Report of the King Institute of Preventive Medicine, Guindy
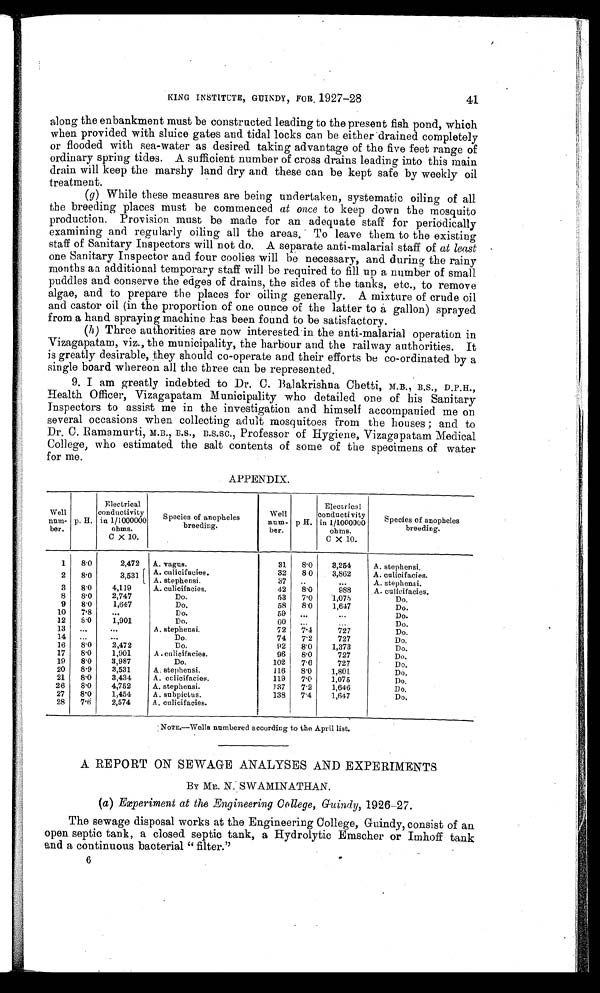
KING INSTITUTE, GUINDY, FOR 1927-28
along the enbankment must be constructed leading to the present fish pond, which
when provided with sluice gates and tidal locks can be either drained completely
or flooded with sea-water as desired taking advantage of the five feet range of
ordinary spring tides. A sufficient number of cross drains leading into this main
drain will keep the marshy land dry and these can be kept safe by weekly oil
treatment.
(g) While these measures are being undertaken, systematic oiling of all
the breeding places must be commenced at once to keep down the mosquito
production. Provision must be made for an adequate staff for periodically
examining and regularly oiling all the areas. To leave them to the existing
staff of Sanitary Inspectors will not do. A separate anti-malarial staff of at least
one Sanitary Inspector and four coolies will be necessary, and during the rainy
months an additional temporary staff will be required to fill up a number of small
puddles and conserve the edges of drains, the sides of the tanks, etc., to remove
algae, and to prepare the places for oiling generally. A mixture of crude oil
and castor oil (in the proportion of one ounce of the latter to a gallon) sprayed
from a hand spraying machine has been found to be satisfactory.
(h) Three authorities are now interested in the anti-malarial operation in
Vizagapatam, viz., the municipality, the harbour and the railway authorities. It
is greatly desirable, they should co-operate and their efforts be co-ordinated by a
single board whereon all the three can be represented.
9. I am greatly indebted to Dr. C. Balakrishna Chetti, M.B., B.S., D.P.H.,
Health Officer, Vizagapatam Municipality who detailed one of his Sanitary
Inspectors to assist me in the investigation and himself accompanied me on
several occasions when collecting adult mosquitoes from the houses ; and to
Dr. C. Ramamurt i , M. B. , B. S. , B. S. SC. , Professor of Hygi ene, Vi zagapat am Medi cal
College, who estimated the salt contents of some of the specimens of water
for me.
APPENDIX.
Well
num-
ber.
p. H.
Electrical
conductivity
in 1/1000000
ohms.
C X 10.
Species of anopheles breeding.
Well
num-
ber.
p H.
Electrica1
conductivity
in 1/1000000
ohms.
C X 10.
S p e c i e s o f a n o p h e l e s
b r e e d i n g .
1
8.0
2,472
A. vagus.
31
8.0
3,254
A. stephensi.
2
8 . 0
3,531
A. culicifacies.
32
8 0
3,862
A. culicifacies.
A. stephensi.
3 7
. . .
. . .
A. stephensi.
3
8.0
4,119
A. culicifacies.
42
8.0
988
A. culicifacies.
8
8.0
2,747
Do.
53
7.0
1 , 0 7 5
Do.
9
8.0
1,647
Do.
58
8.0
1,647
Do.
10
7.8
. . .
Do.
59
. . .
. . .
Do.
12
8.0
1,901
Do.
60
. . .
. . .
Do.
13
. . .
. . .
A. stephensi.
72
7.4
727
Do.
14
. . .
. . .
Do.
74
7.2
727
D o .
16
8.0
2,472
Do.
92
8.0
1,373
Do.
17
8.0
1,901
A .culicifacies.
96
8.0
727
Do.
19
8.0
3,987
Do.
102
7.6
727
Do.
20
8.9
3,531
A. stephensi.
116
8.0
1,801
Do.
21
8.0
3,434
A. culicifacies.
119
7.0
1,075
Do.
26
8.0
4,752
A. stephensi.
137
7.2
1,646
Do.
27
8.0
1,454
A. subpictus.
138
7.4
1,647
Do.
28
7.6
2,574
A. culicifacies.
NOTE.—Wells numbered according to the April list.
A REPORT ON SEWAGE ANALYSES AND EXPERIMENTS
BY ME,. N. SWAMINATHAN.
( a ) Experiment at the Engineering College, Guindy, 1926-27.
The sewage disposal works at the Engineering College, Guindy, consist of an
open septic tank, a closed septic tank, a Hydrolytic Emscher or Imhoff tank
and a continuous bacterial "filter."
41
6